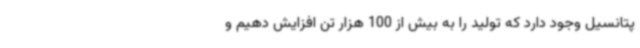
پتانسیل وجود دارد که تولید را به بیش از 100 هزار تن افزایش دهیم و